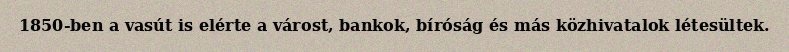
1850-ben a vasút is elérte a várost, bankok, bíróság és más közhivatalok létesültek.